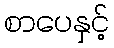
စာပေနှင့်